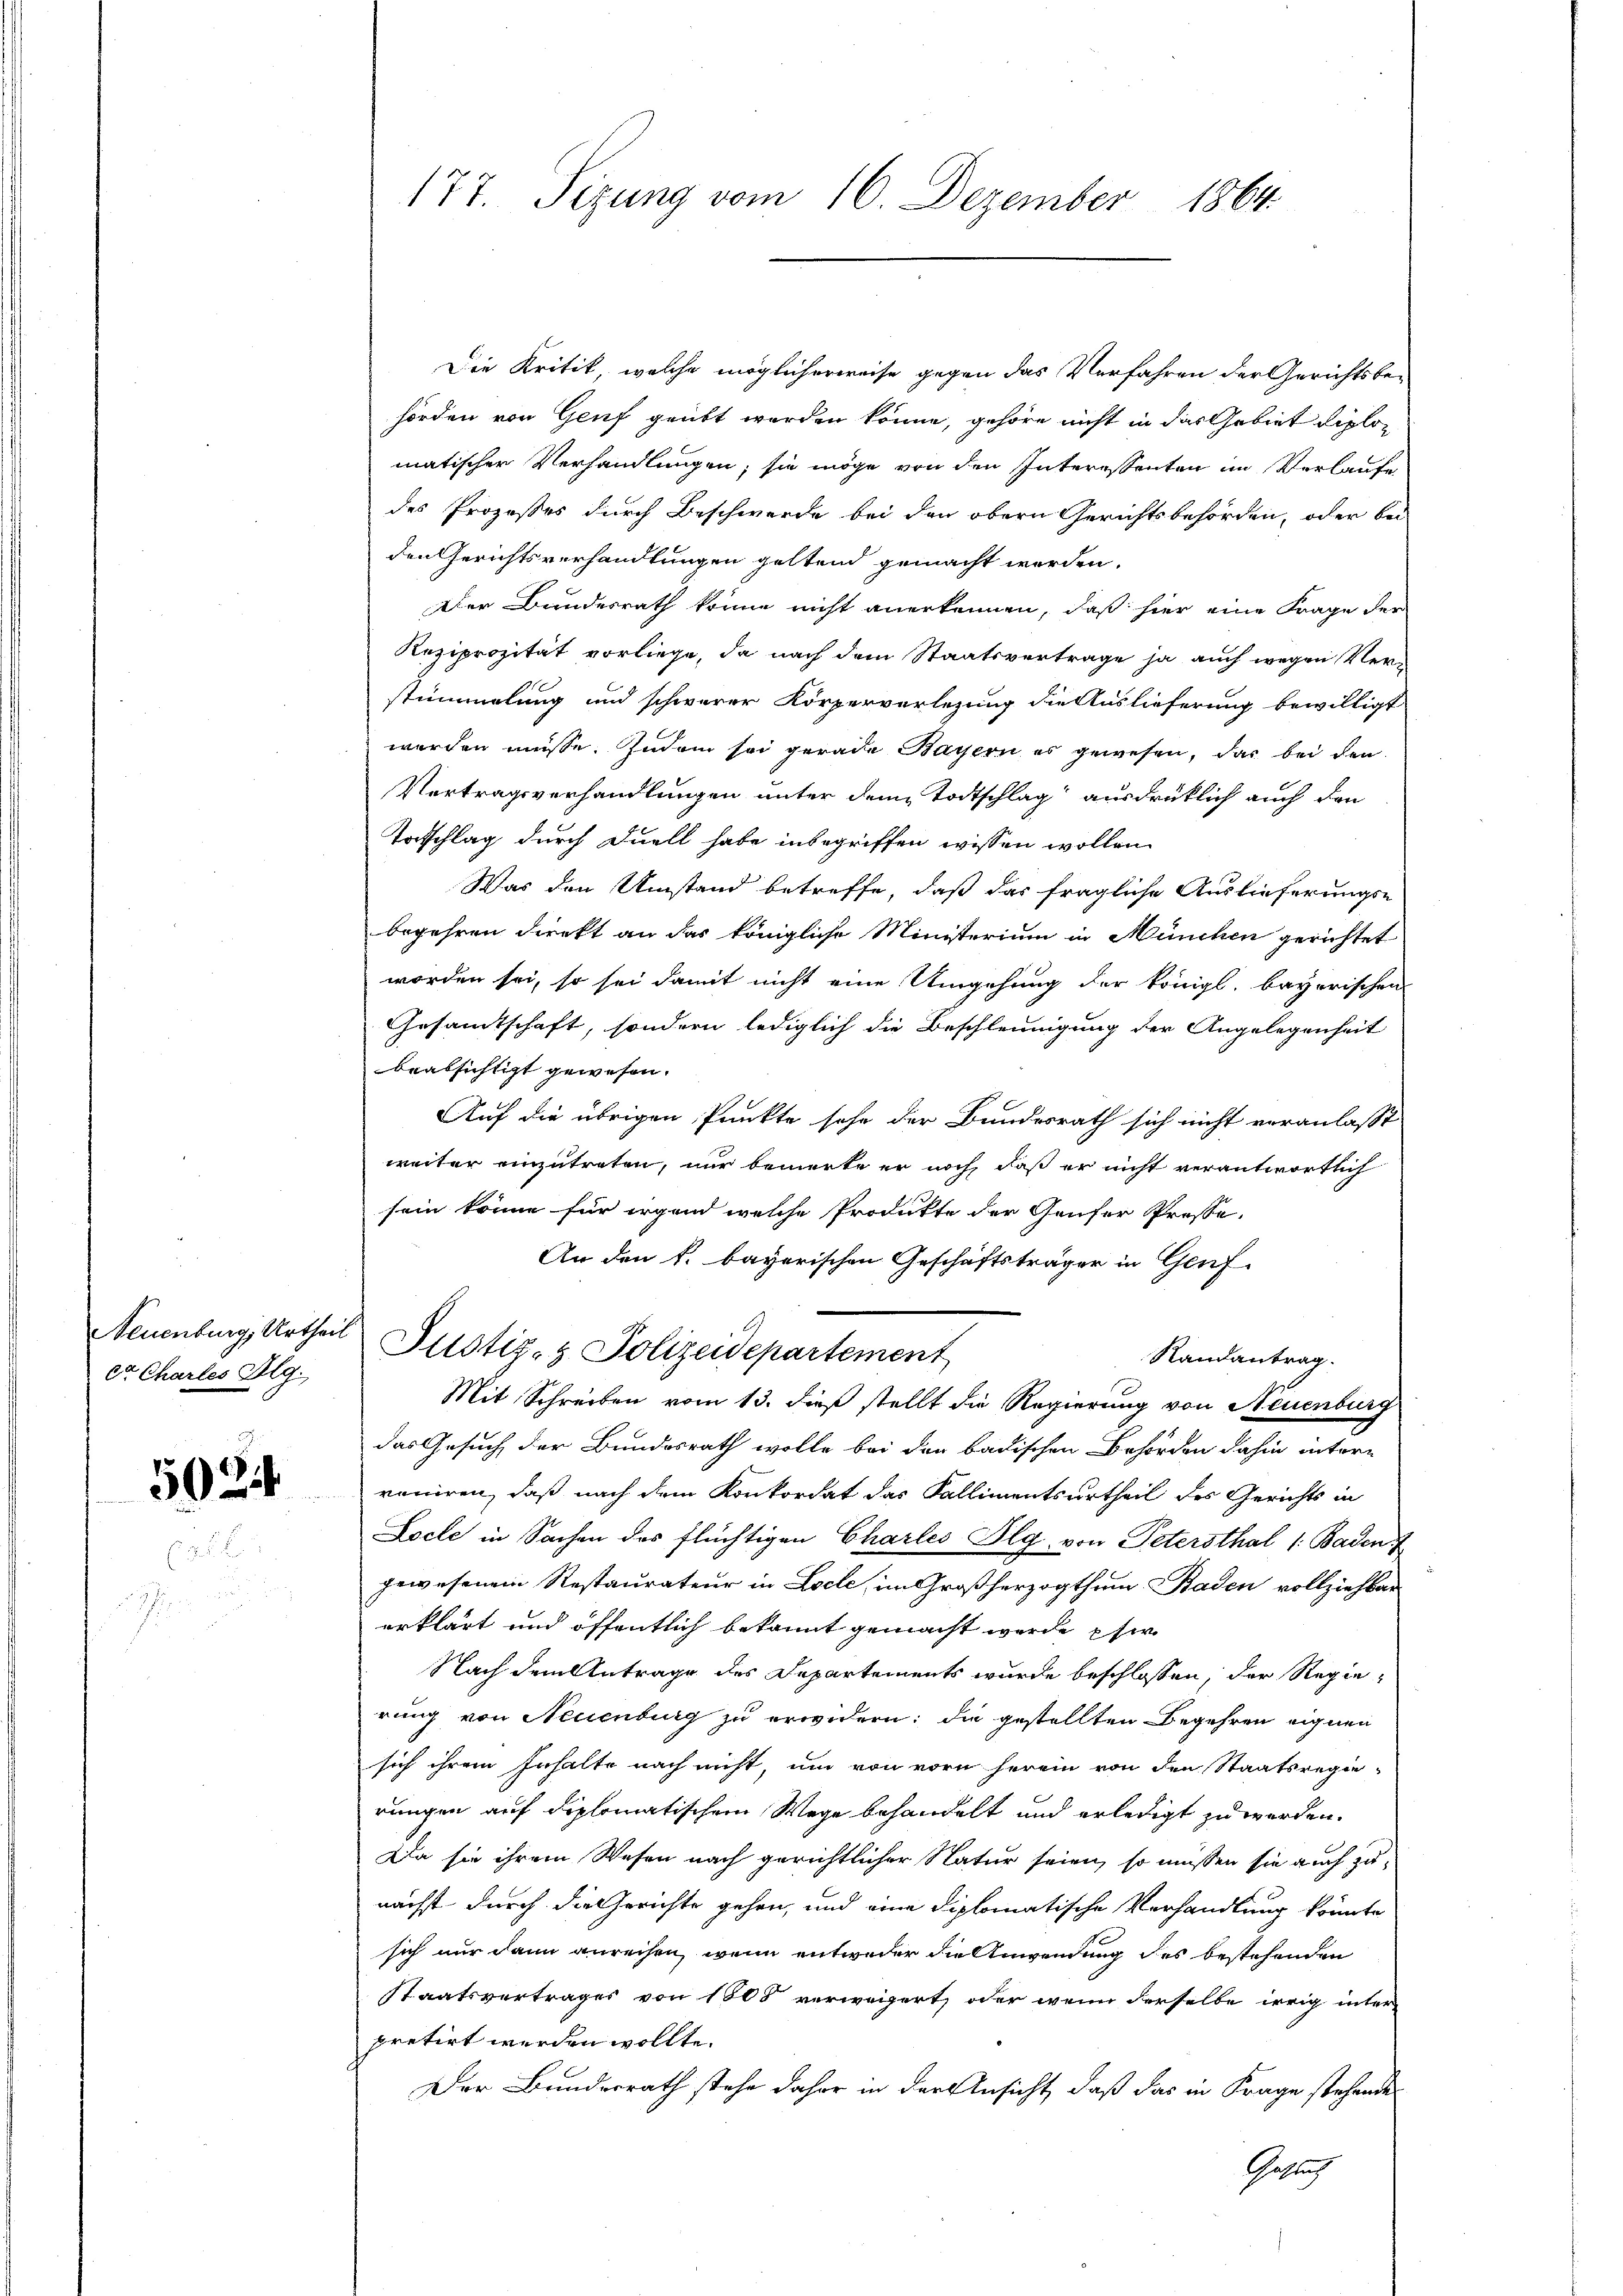
Neuenburg, Urtheil
ete Chartes dlg.

502

177. Sizung vom 16. Dezember 1864

Die Kritik, welche möglicherweise gegen das Verfahren der Gerichtsbe-
hörden von Genf geübt werden könne, gehöre nicht in das Gebiet diplomatischer Verhandlungen; sie möge von den Interessenten im Verlaufe
des Prozesses durch Beschwerde bei den obern Gerichtsbehörden, oder bei
den Gerichtsverhandlungen geltend gemacht werden.
Der Bundesrath könne nicht anerkennen, daß hier eine Frage der
Reziprozität vorliege, da nach dem Staatsvertrage ja auch wegen Verstümmelung und schwerer Körperverlegung die Auslieferung bewilligt
werden müsse. Indem sei gerade Bayern es gewesen, das bei den
Vertragsverhandlungen unter dem Todtschlag ausdrücklich auch den
Totschlag durch Duell habe inbegriffen wissen wollen.
Was den Umstand betreffe, daß das fragliche Auslieferungs-
begehren direkt an das königliche Ministerium in München gerichtet
worden sei, so sei damit nicht eine Umgehung der königl. bayerischen
Gesammtschaft, sondern lediglich die Beschleunigung der Angelegenheit
beabsichtigt gewesen.
Auf die übrigen Punkte sehe der Bundesrath sich nicht veranlasst
weiter einzutreten, nur bemerke er noch, daß er nicht verantwortlich
sein könne für irgend welche Produkte der Gaufer Prosse-
An den k. bayerischen Geschäftsträger in Genf
Justiz- & Polizeidepartement
Randantrag.
Mit Schreiben vom 13. dieß stellt die Regierung von Neuenburg
das Gesuch der Bundesrath wolle bei den badischen Behörden dahin intern
roniren, daß nach dem Konkordat das Kallimentsurtheil des Gerichts in
Locle in Sachen des flüchtigen Charles Plg, von Petersthal /: Baden
gewesenem Restaurateur in Loele, im Großherzogthum Baden vollziehbar
erklärt und öffentlich bekannt gemacht werde, pfer
Nach dem Antrage des Departements wurde beschlossen, der Regierung von Neuenburg zu erwidern: die gestellten Begehren eignen
sich ihrem Inhalte nach nicht, um von vorn herein von den Staatsregie-
rungen auf diplomatischem Wege behandelt und erledigt zu werden.
Da sie ihrem Wesen nach gerichtlicher Natur seien, so müssen sie auch zu-
nächst durch die Gerichte gehen, und eine diplomatische Verhandlung könnte
sich nur dann anreihen, wenn entweder die Anwendung des bestehenden
Staatsvertrages von 1800 verweigert, oder wenn derselbe irrig inter
pretirt werden wollte.
Der Bundesrath stehe daher in der Ansicht, daß das in Frage stehende
Getlich